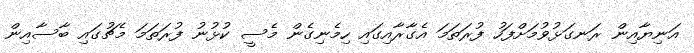
އަނިޔާއިން ރަނގަޅުވުމަށްފަހު ފުރަތަމަ އެގާރާއިގައި ހިމެނިގެން މެސީ ކުޅުނު ފުރަތަމަ މެޗުގައި ބާސާއިން